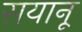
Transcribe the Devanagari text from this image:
सयानू